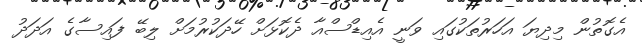
އެގޮތުން މިދިޔަ އަހަރުތަކުގައި ވަނީ އެއިޑްސްއާ ދެކޮޅަށް ހޭދަކުރުމަށް ލިބޭ ފައިސާގެ އަދަދު